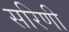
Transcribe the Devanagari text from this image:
सरिणी